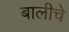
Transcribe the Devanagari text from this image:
बालीचे